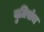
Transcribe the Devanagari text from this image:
युतिसंच